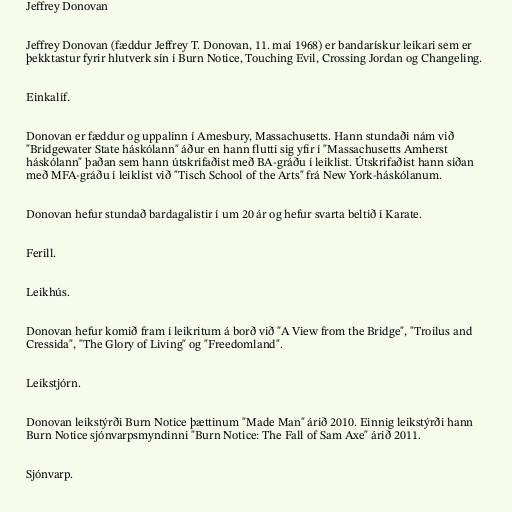
Jeffrey Donovan

Jeffrey Donovan (fæddur Jeffrey T. Donovan, 11. maí 1968) er bandarískur leikari sem er
þekktastur fyrir hlutverk sín í Burn Notice, Touching Evil, Crossing Jordan og Changeling.

Einkalíf.

Donovan er fæddur og uppalinn í Amesbury, Massachusetts. Hann stundaði nám við
"Bridgewater State háskólann" áður en hann flutti sig yfir í "Massachusetts Amherst
háskólann" þaðan sem hann útskrifaðist með BA-gráðu í leiklist. Útskrifaðist hann síðan
með MFA-gráðu í leiklist við "Tisch School of the Arts" frá New York-háskólanum.

Donovan hefur stundað bardagalistir í um 20 ár og hefur svarta beltið í Karate.

Ferill.

Leikhús.

Donovan hefur komið fram í leikritum á borð við "A View from the Bridge", "Troilus and
Cressida", "The Glory of Living" og "Freedomland".

Leikstjórn.

Donovan leikstýrði Burn Notice þættinum "Made Man" árið 2010. Einnig leikstýrði hann
Burn Notice sjónvarpsmyndinni "Burn Notice: The Fall of Sam Axe" árið 2011.

Sjónvarp.